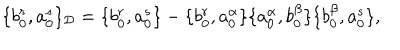
LaTeX: \{ b _ { 0 } ^ { r } , a _ { 0 } ^ { s } \} _ { \cal D } = \{ b _ { 0 } ^ { r } , a _ { 0 } ^ { s } \} - \{ b _ { 0 } ^ { r } , a _ { 0 } ^ { \alpha } \} \{ a _ { 0 } ^ { \alpha } , b _ { 0 } ^ { \beta } \} \{ b _ { 0 } ^ { \beta } , a _ { 0 } ^ { s } \} ,